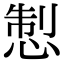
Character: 𢛁